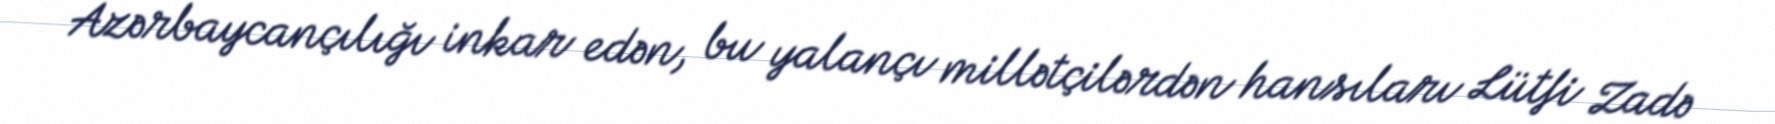
Azərbaycançılığı inkar edən, bu yalançı millətçilərdən hansıları Lütfi Zadə